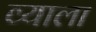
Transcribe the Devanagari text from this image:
व्याला